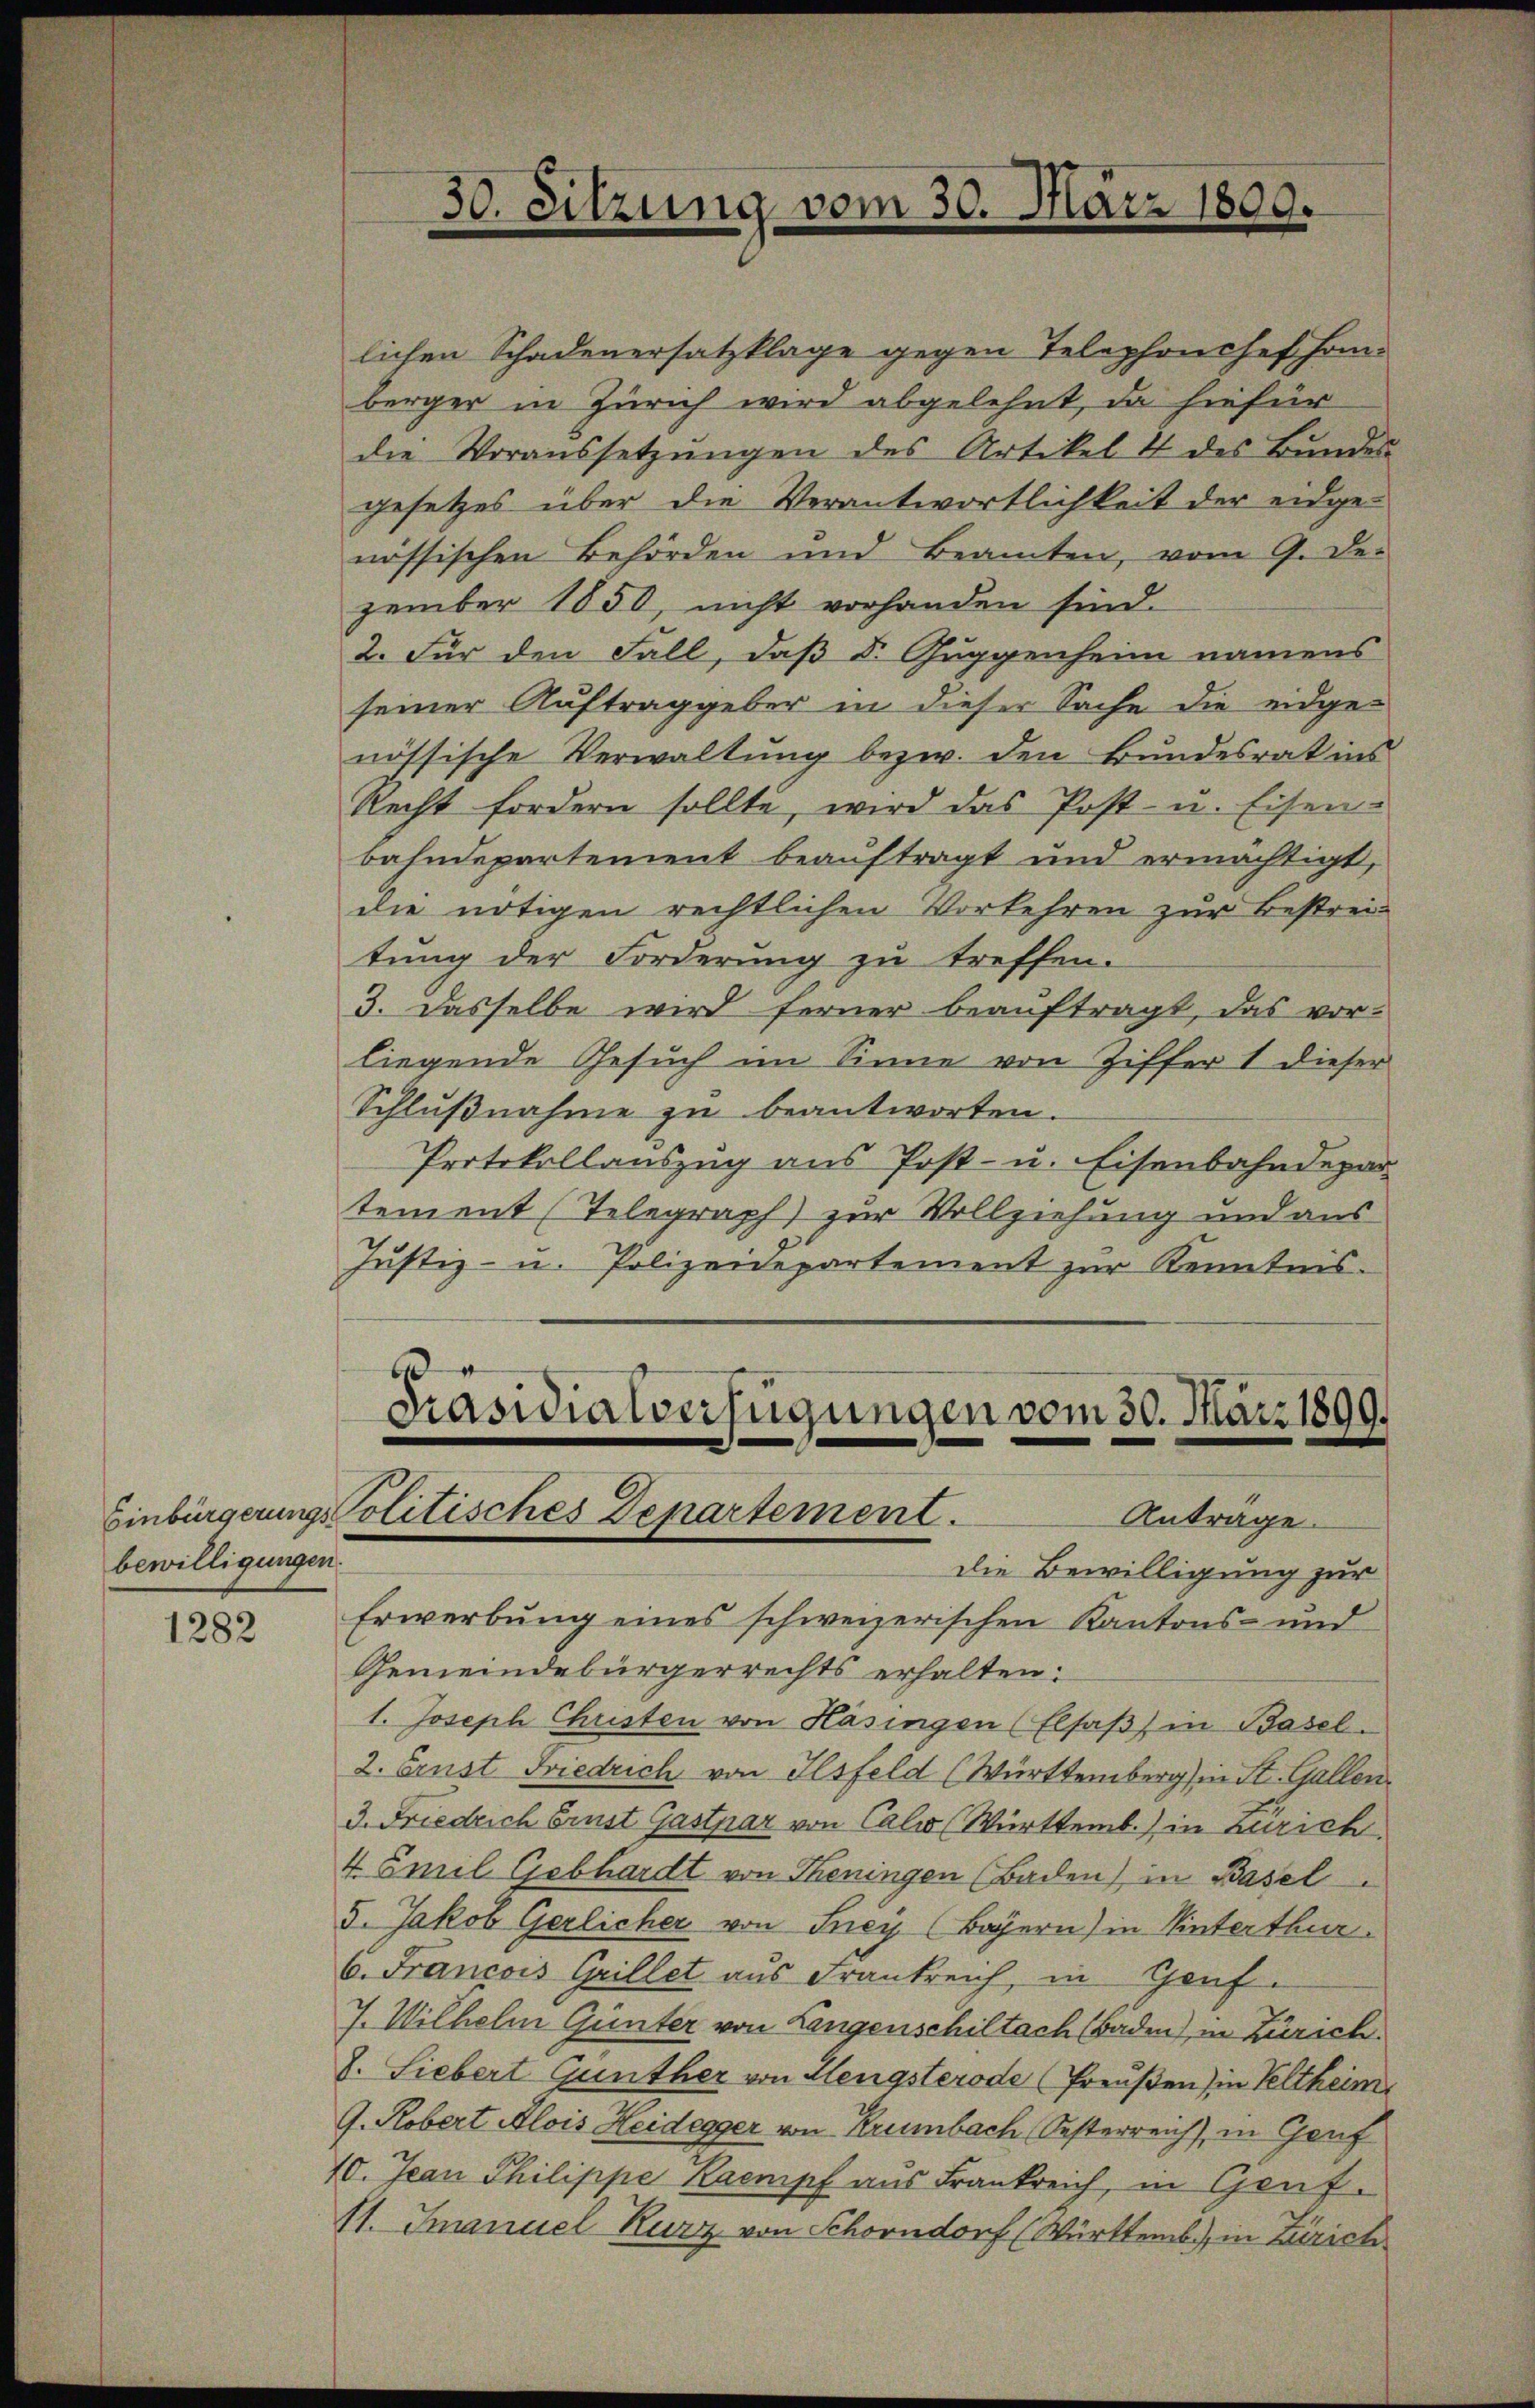
bewilligungen

1282

lichen Schadenersatzklage gegen Telephonchefho-
berger in Zürich wird abgelehnt, da hiefür
die Voraussetzŭngen des Artikel & des Bŭndes-
gesetzes über die Verantwortlichkeit der eidge-
nössischen Behörden und Beamten, vom 9. De-
zember 1850, nicht vorhanden sind.
2. Für den Fall, daß Dr Guggenheim namens
seiner Auftraggeber in dieser Sache die eidgenössische Verwaltung bezw. den Bundesrat ins
Recht fordern sollte, wird das Post- u. Eisen-
bahndepartement beauftragt und ermächtigt,
die nötigen rechtlichen Vorkehren zur Bestreitung der Forderung zu treffen.
3. Dasselbe wird ferner beauftragt, das vor-
liegende Gesuch im Sinne von Ziffer 1 dieser
Schlußnahme zu beantworten.
Protokollauszug aus Post- u. Eisenbahndepar
tement (Telegraph) zur Vollziehung und aus
Justiz- u. Polizeidepartement zur Kenntnis-

2
Präsidialverfügungen vom 30. März 1899.
Einbürgerungs Politisches Departement.
Anträge.

30. Sitzung vom 30. März 1809.

Die Bewilligung zur
Erwerbung eines schweizerischen Kantons- und
Gemeindebürgerrechts erhalten:
1. Joseph Christen von Hasingen (Elsaβ in Basel.
2. Ernst Friedrich von Ilsfeld (Württemberg in St. Gallen.
3. Friedrich Brust Gastpar von Cali Württemb.) in Zürich
4 Emil Gebhardt von Theningen (Baden) in Basel
5. Jakob Gerlicher von Frey (Bayern) in Winterthur.
6. Francois Grillet aus Frankreich, in Genf.
7. Wilhelm Günter von Langenschiltach (Baden), in Zürich.
7. Liebert Gunther von Hengsterode (Preußen) in Veltheim
G. Robert Alois Heidegger von Krumbach Oesterreich, in Genf
10. Jean Philippe Kampf aus Frankreich, in Genf.
11. Imanuel Kurz von Schorndorf (Württemb.) in Zürich